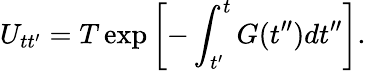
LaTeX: U_{tt^{\prime}}=T\exp\left[-\int_{t^{\prime}}^{t}G(t^{\prime\prime})dt^{\prime\prime}\right].